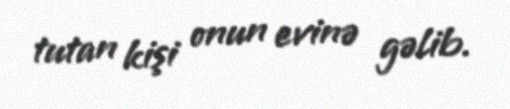
tutan kişi onun evinə gəlib.